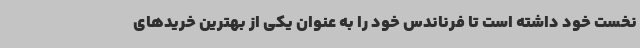
نخست خود داشته است تا فرناندس خود را به عنوان یکی از بهترین خریدهای